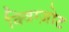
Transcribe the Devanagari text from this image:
क्विग्ज़ोट